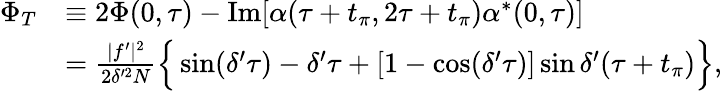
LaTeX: \begin{array}{rl}{\Phi_{T}}&{\equiv 2\Phi(0,\tau)-\mathrm{Im}[\alpha(\tau+t_{\pi},2\tau+t_{\pi})\alpha^{\ast}(0,\tau)]}\\ &{=\frac{|f^{\prime}|^{2}}{2\delta^{\prime 2}N}\Big\{ \sin(\delta^{\prime}\tau)-\delta^{\prime}\tau+[1-\cos(\delta^{\prime}\tau)]\sin\delta^{\prime}(\tau+t_{\pi})\Big\} ,}\end{array}